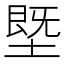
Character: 塈